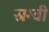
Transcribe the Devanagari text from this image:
स्रग्वी